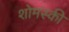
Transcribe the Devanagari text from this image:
शोमस्की